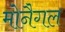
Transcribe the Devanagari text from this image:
मोनैगल